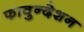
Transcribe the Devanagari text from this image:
फावुन्देशन